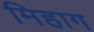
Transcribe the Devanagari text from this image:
मिहाग